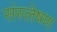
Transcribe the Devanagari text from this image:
संस्लेषण